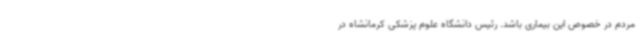
مردم در خصوص این بیماری باشد. رئیس دانشگاه علوم پزشکی کرمانشاه در